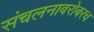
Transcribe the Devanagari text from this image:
संचलनाबरोबरच